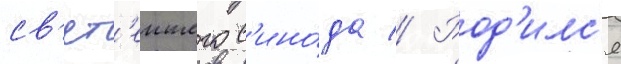
св'ят'еишего с'ино́да // Род'илс'я